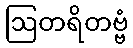
ဩတရိတဗ္ဗံ